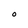
Character: O